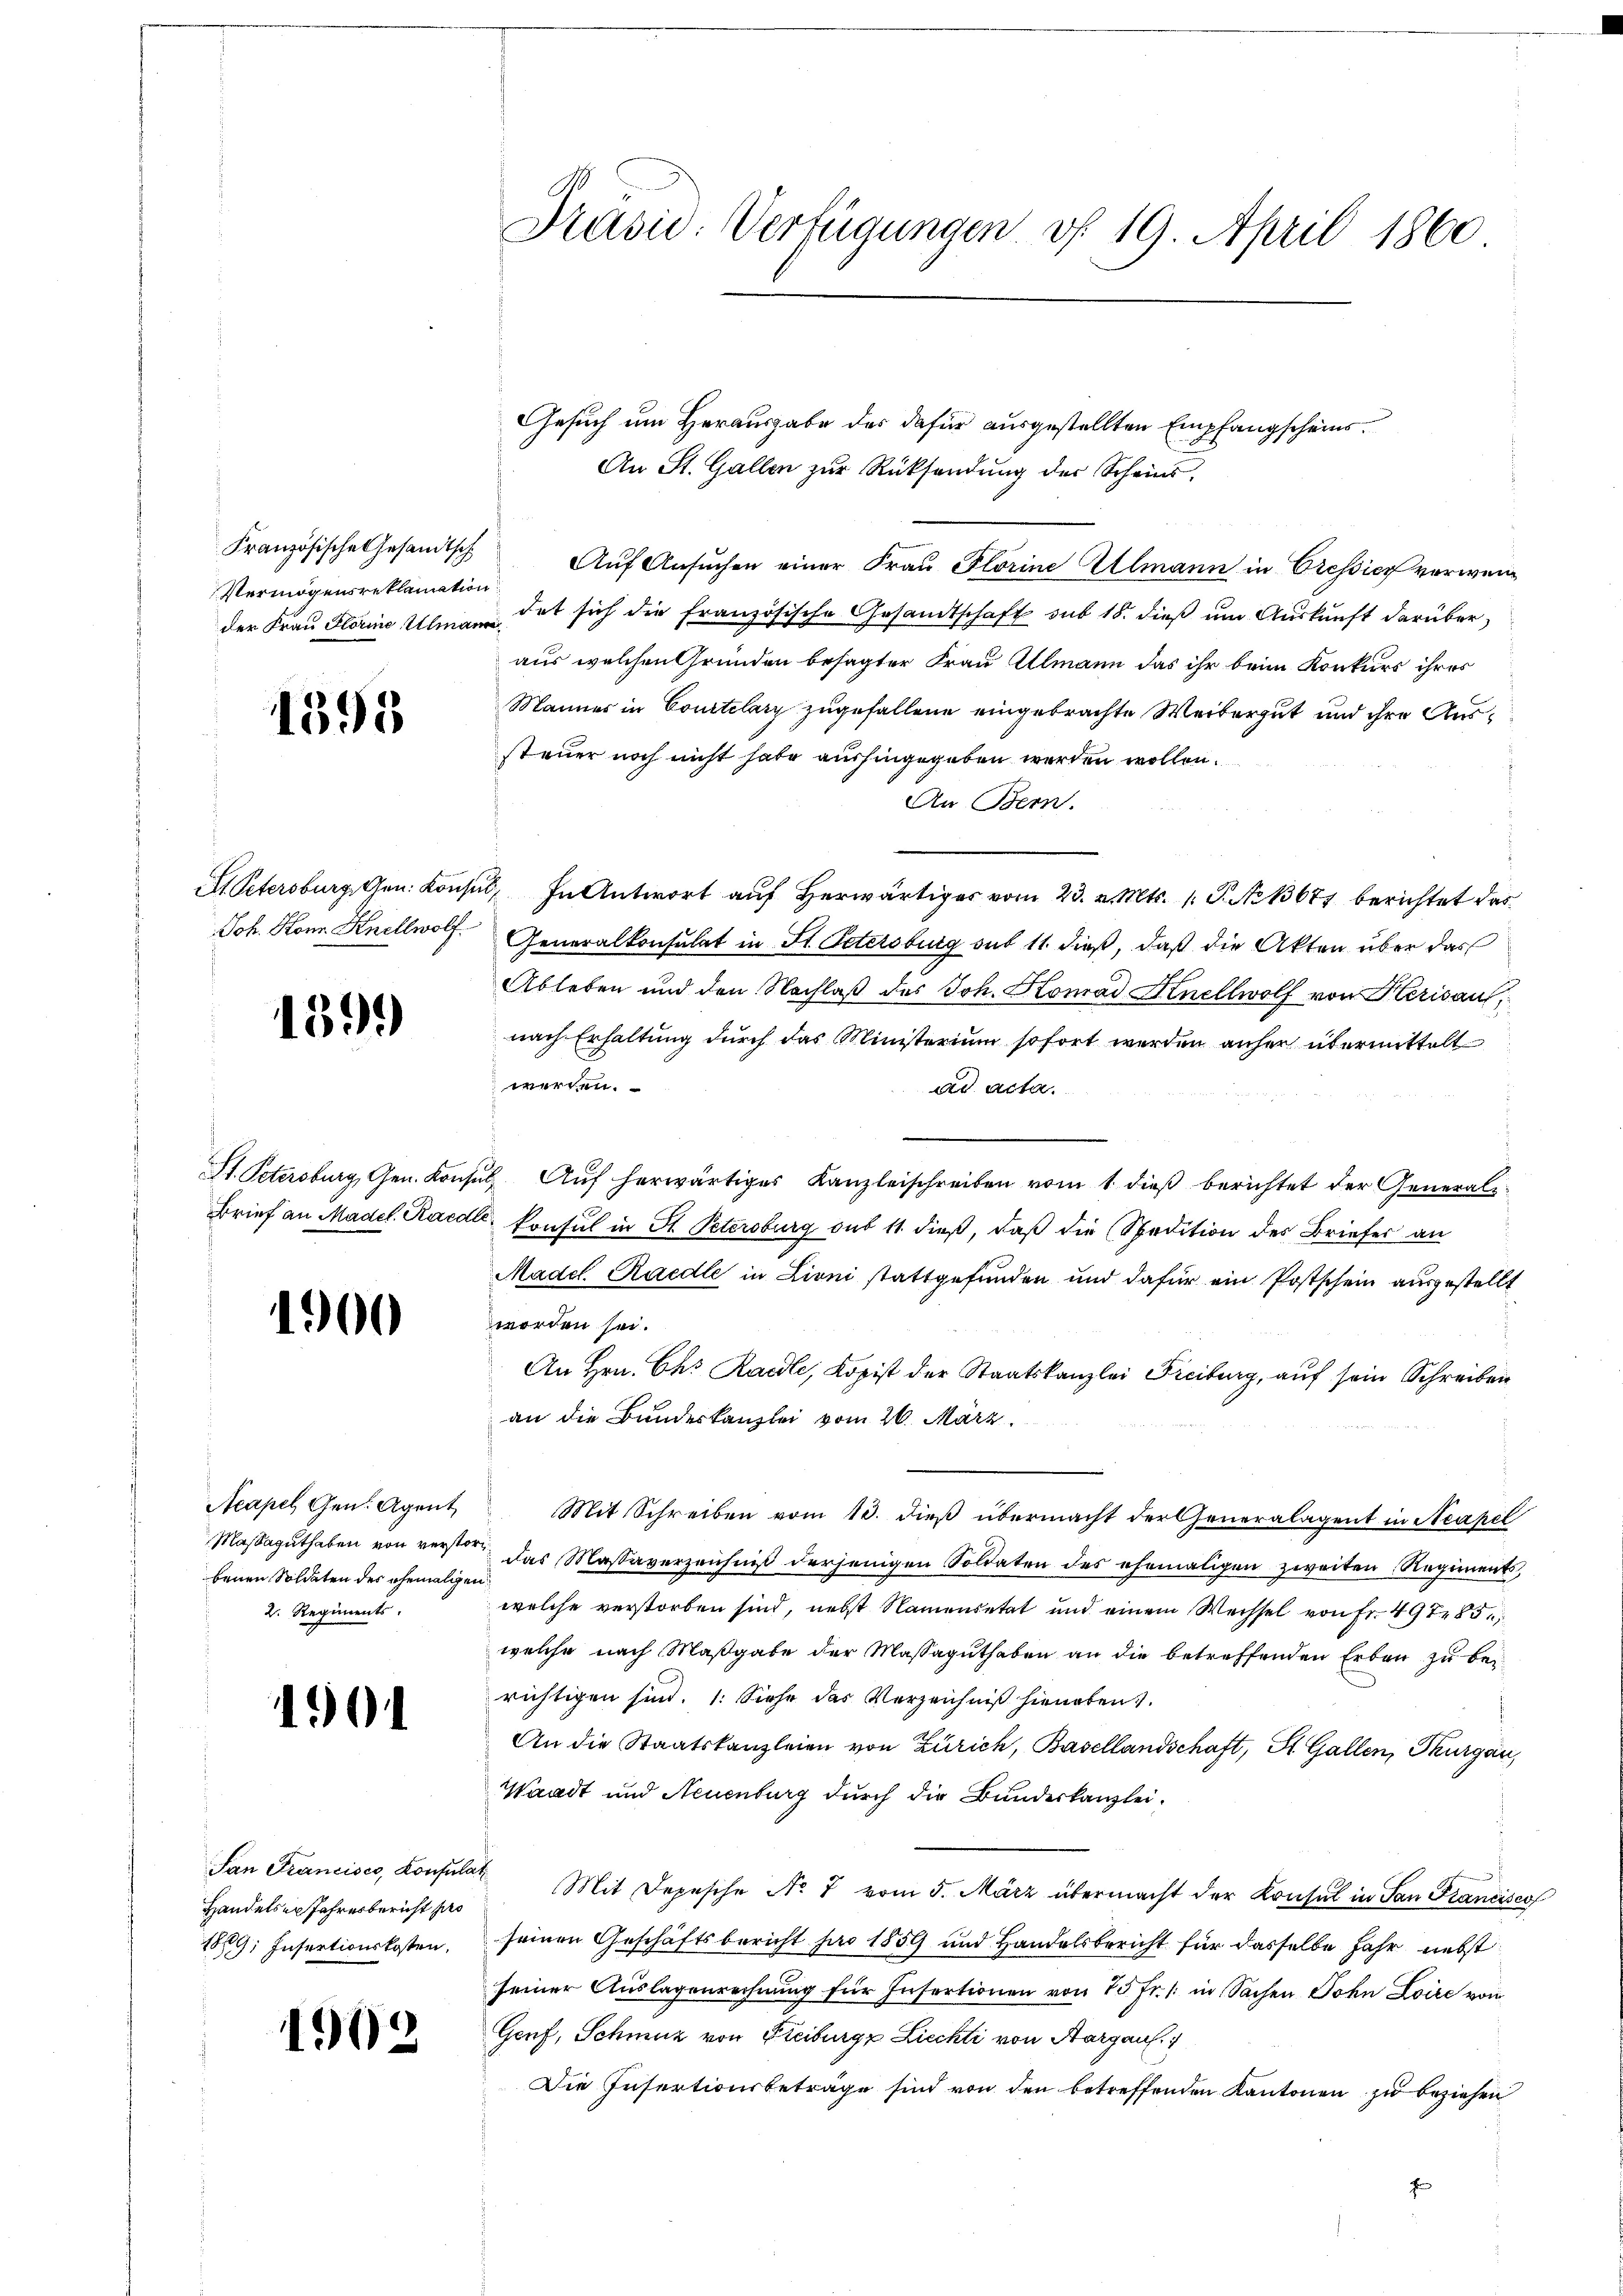
Französische Gesandtsch
Vermögensreklamation

1395

1399

St. Petersburg, Gen. Konz
Brief an Madel. Kardi

1900

Acapel Gen. Agent
Massaguthaben von verstorbenen Soldaten der ehemaligen
2. Regiments.

1901

Handelser Jahresbericht pro
189, Insertionskosten.

1902

2
Präsid. Verfügungen vf 19. April 1860

Gesuch um Herausgabe des dafür ausgestellten Empfangscheins¬
An St. Gallen zŭr Rücksendŭng der Scheins,
Auf Ansuchen einer Frau Plorine Illmann in Pressier verwen
der Frau Florene Ulmadet sich die französische Gesandtschaft sub 18. dieβ ŭm Aŭskŭnft darüber,
aus welchen Gründen besagter Frau Almann das ihr beim Konkurs ihres
Mannes in Courtelary zugefallene eingebrachte Weibergut und ihre Aussteuer noch nicht habe aushingegeben werden wollen.
An Bern.
At Petersburg, Gen. Konsul, In Antwort auf herwärtiges vom 23. v. Mts. 1. P. No 13677 berichtet das
Joh. Hon. Knellwolf. Generalkonsulat in St. Petersburg sub 11. dieß, daß die Akten über das
Ableben und den Nachlaβ des Joh. Konrad Hinellwolf von Herisau,
nach Erhaltung durch das Ministerium sofort werden anher übermittelt
werden.
ad acta.
uus Auf herwärtiges Kanzleischreiben vom 1. dieß berichtet der Generalt konsul in St. Petersburg sub 11 dieß, daß die Spedition des Briefer an
Madel. Raedle in Lioni stattgefunden und dafür ein Postschein ausgestellt
worden sei.
An Hrn. Ch. Raedle, Kopist der Staatskanzlei Freiburg, auf sein Schreiben
an die Bundeskanzlei vom 26. März
Mit Schreiben vom 13. dieß übermacht der Generalagent in Neapel
das Massaverzeichnis derjenigen Soldaten des ehemaligen zweiten Regiments,
welche verstorben sind, nebst Namensetat und einem Wechsel von Fr. 497 85
welche nach Maßgabe der Massaguthaben an die betreffenden Erben zu berichtigen sind. 1. Siehe das Verzeichniß hieneben.
An die Staatskanzleien von Zürich, Basellandschaft, St. Gallen, Thurgau,
Waadt und Neuenburg durch die Bundeskanzlei-
San Francisco, Konsulat Mit Depesche No 7 vom 5. März übermacht der Konsul in San Francisco
seinen Geschäftsbericht für 1859 und Handelsbericht für dasselbe Jahr nebst
seiner Auslagenrechnung für Insertionen von 25 fr. 1 in Sachen John Loire von
Genf, Schmuz von Freiburgz Liechti von Aargau.
Die Insertionsbeträge sind von den betreffenden Kantonen zu beziehen
f